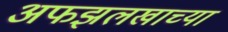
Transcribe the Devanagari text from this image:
अफझलखाच्या